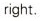
right.